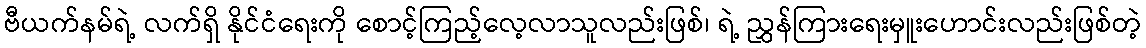
ဗီယက်နမ်ရဲ့ လက်ရှိ နိုင်ငံရေးကို စောင့်ကြည့်လေ့လာသူလည်းဖြစ်၊ ရဲ့ ညွှန်ကြားရေးမှူးဟောင်းလည်းဖြစ်တဲ့